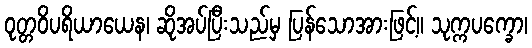
ဝုတ္တဝိပရိယာယေန၊ ဆိုအပ်ပြီးသည်မှ ပြန်သောအားဖြင့်။ သုက္ကပက္ခော၊